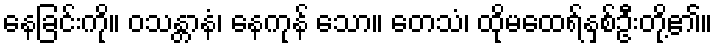
နေခြင်းကို။ ဝသန္တာနံ၊ နေကုန် သော။ တေသံ၊ ထိုမထေရ်နှစ်ဦးတို့၏။